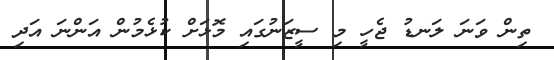
ތިން ވަނަ ލަނޑު ޖެހީ މި ސީޒަނުގައި މޮޅަށް ކުޅެމުން އަންނަ އަދި